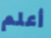
أعلم